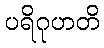
ပရိဂုဟတိ